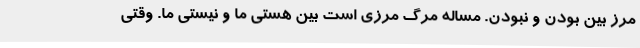
مرز بین بودن و نبودن. مساله مرگ مرزی است بین هستی ما و نیستی ما. وقتی